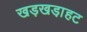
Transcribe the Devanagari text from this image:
खड़खडा़हट